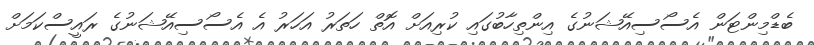
ބެޑްމިންޓަން އެސޯސިއޭޝަނުގެ އިންތިހާބުގައި ކުރިއަށް އޮތް ހަތަރު އަހަރު އެ އެސޯސިއޭޝަނުގެ ރައީސްކަމަށް